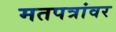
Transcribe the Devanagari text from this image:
मतपत्रांवर